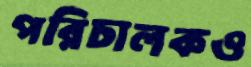
পরিচালকও